King Institute of Preventive Medicine Bacteriolog. Section reports 1907-08
Year: 1907
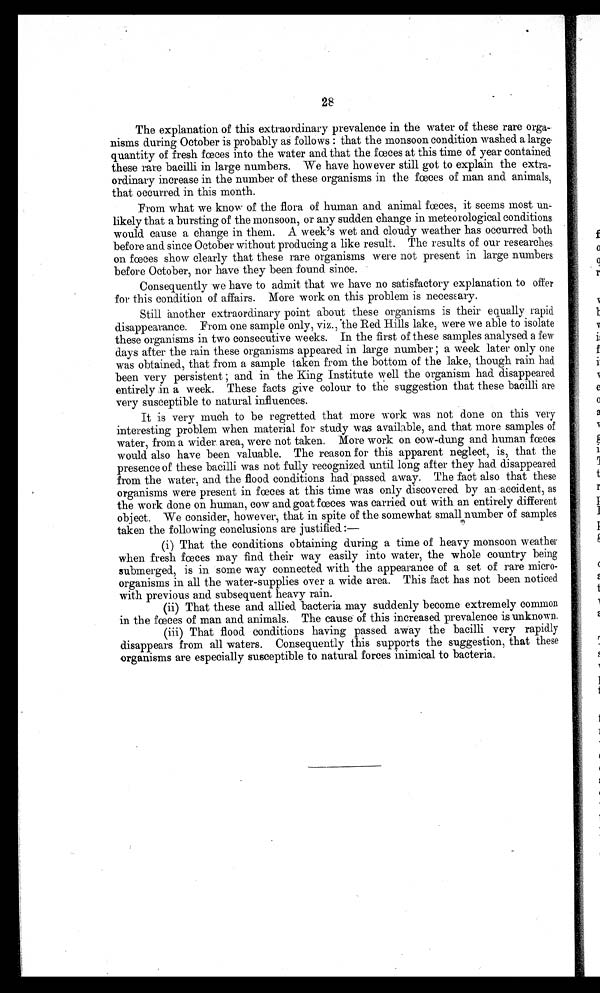
28
The explanation of this extraordinary prevalence in the water of these rare orga-
nisms during October is probably as follows: that the monsoon condition washed a large.
quantity of fresh fœces into the water and that the fœces at this time of year contained
these rare bacilli in large numbers. We have however still got to explain the extra-
ordinary increase in the number of these organisms in the fœces of man and animals,
that occurred in this month.
From what we know of the flora of human and animal fœces, it seems most un-
likely that a bursting of the monsoon, or any sudden change in meteorological conditions
would cause a change in them. A week's wet and cloudy weather has occurred both
before and since October without producing a like result. The results of our researches
on fœces show clearly that these rare organisms were not present in large numbers
before October, nor have they been found since.
Consequently we have to admit that we have no satisfactory explanation to offer
for this condition of affairs. More work on this problem is necessary.
Still another extraordinary point about these organisms is their equally rapid
disappearance. From one sample only, viz., the Red Hills lake, were we able to isolate
these organisms in two consecutive weeks. In the first of these samples analysed a few
days after the rain these organisms appeared in large number; a week later only one
was obtained, that from a sample taken from the bottom of the lake, though rain had
been very persistent; in the King Institute well the organism had disappeared
entirely in a week. These facts give colour to the suggestion that these bacilli. are
very susceptible to natural influences.
It is very much to be regretted that more work was not done on this very
interesting problem when material for study was available, and that more samples of
water, from a wider. area, were not taken. More work on cow-dung and human fœces
would also have been valuable. The reason for this apparent neglect, is, that the
presence of these bacilli. was not fully recognized until long after they had disappeared
from the water, and the flood conditions had passed away. The fact also that these
organisms were present in fœces at this time was only discovered by an accident, as
the work done on human, cow and goat fœces was carried out with an entirely different
object. We consider, however, that in spite of the somewhat small. number of samples
taken the following conclusions are justified
: —
(i) That the conditions obtaining during a time of heavy monsoon weather
when fresh fœces may find their way easily into water, the whole country being
submerged, is in some way connected with the appearance of a set of rare micro-
organisms in all the water-supplies over a wide area. This fact has not been noticed
with previous and subsequent heavy rain.
(ii) That these and allied bacteria may suddenly become extremely common
in the fœces of man and animals. The cause of this increased prevalence is unknown.
(iii) That flood conditions having passed away the bacilli very rapidly
disappears from all waters. Consequently this supports the suggestion, that these
organisms are especially susceptible to natural fœces inimical to bacteria.